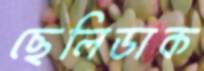
ছেলিডাক